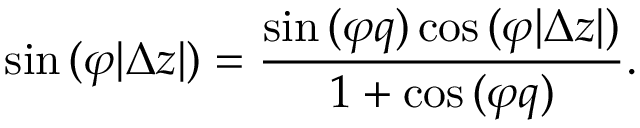
\sin { ( \varphi | \Delta z | ) } = \frac { \sin { ( \varphi q ) } \cos { ( \varphi | \Delta z | ) } } { 1 + \cos { ( \varphi q ) } } .